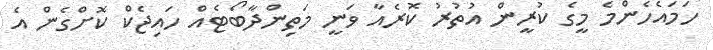
ހަމައެހެންމެ މީގެ ކުރީން އުތުރު ކޮރެއާ ވަނީ މަތިންދާބޯޓެއް ހައިޖެކް ކޮށްގެން އެ